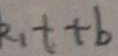
R _ { 1 } t + b